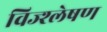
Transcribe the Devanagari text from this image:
विज्श्लेषण